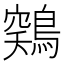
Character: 𱈳